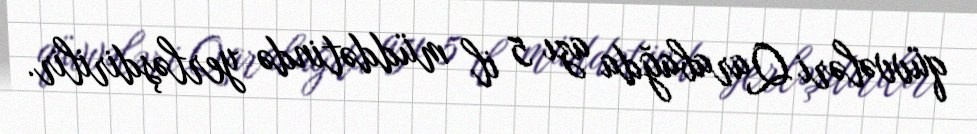
qüvvələri Qarabağda azı 5 il müddətində yerləşdirilir.